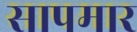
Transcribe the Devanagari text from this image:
सापमार